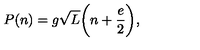
P ( n ) = g \sqrt L \bigg ( n + \frac { e } { 2 } \bigg ) ,